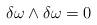
LaTeX: \begin{align*}\delta \omega \wedge \delta \omega =0\end{align*}